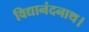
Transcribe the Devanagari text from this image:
विद्यानंदनाथ।